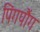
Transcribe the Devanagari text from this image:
पिंगपौंग